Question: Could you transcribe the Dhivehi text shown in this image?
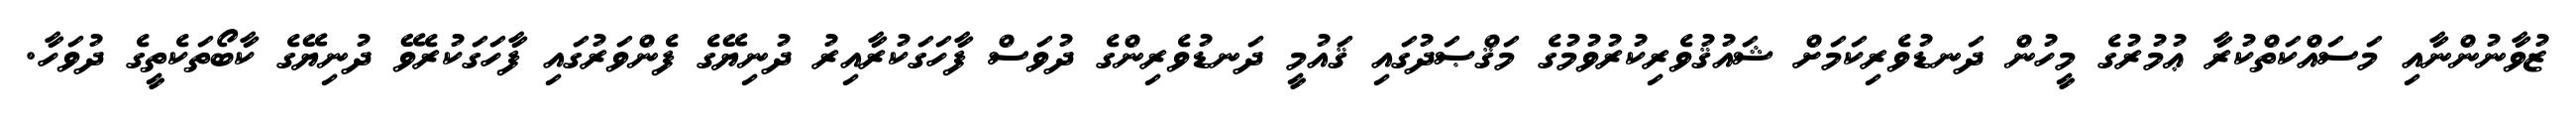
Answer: ޒުވާނުންނާއި މަސައްކަތްކުރާ ޢުމުރުގެ މީހުން ދަނޑުވެރިކަމަށް ޝައުޤުވެރިކުރުވުމުގެ މަޤްޞަދުގައި ޤައުމީ ދަނޑުވެރިންގެ ދުވަސް ފާހަގަކުރާއިރު ދުނިޔޭގެ ފެންވަރުގައި ފާހަގަކުރެވޭ ދުނިޔޭގެ ކާބޯތަކެތީގެ ދުވަހާ.